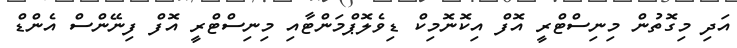
އަދި މިގޮތުން މިނިސްޓްރީ އޮފް އިކޮނޮމިކް ޑިވެލޮޕްމަންޓާއި މިނިސްޓްރީ އޮފް ފިނޭންސް އެންޑް